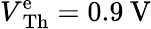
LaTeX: V\mathrm{_{Th}^{e}}=0.9\: \mathrm{V}